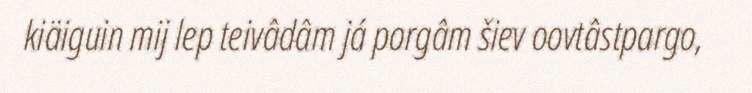
kiäiguin mij lep teivâdâm já porgâm šiev oovtâstpargo,